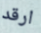
ارقد